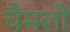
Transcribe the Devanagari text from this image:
चैमलों